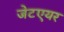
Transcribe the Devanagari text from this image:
जेटएयर